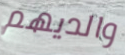
والديهم